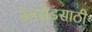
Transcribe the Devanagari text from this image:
रेलरोडसाठी